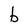
Character: b